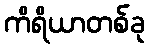
ကိရိယာတစ်ခု